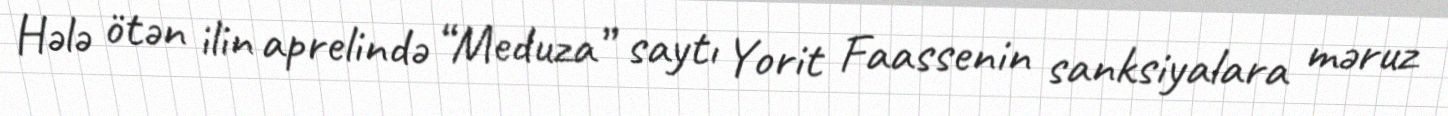
Hələ ötən ilin aprelində “Meduza” saytı Yorit Faassenin sanksiyalara məruz